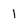
Character: 1